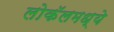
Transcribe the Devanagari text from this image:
लोकॅलमध्ये